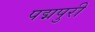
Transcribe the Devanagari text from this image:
पद्मपुरी